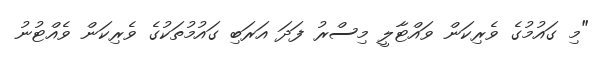
"މި ގައުމުގެ ވެރިކަން ވައްޓާލީ މިސްރު ފަދަ އަރަބި ގައުމުތަކުގެ ވެރިކަން ވެއްޓުނު